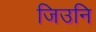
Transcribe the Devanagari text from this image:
जिउनि